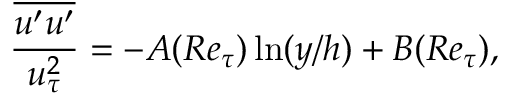
\frac { \overline { { u ^ { \prime } u ^ { \prime } } } } { u _ { \tau } ^ { 2 } } = - A ( R e _ { \tau } ) \ln ( y / h ) + B ( R e _ { \tau } ) ,